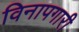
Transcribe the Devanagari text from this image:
विनापगारी